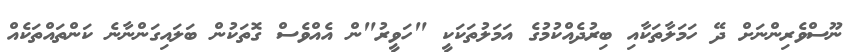
ނޫސްވެރިންނަށް ދޭ ހަމަލާތަކާއި ބިރުދެއްކުމުގެ އަމަލުތަކަކީ "ހަވީރު"ން އެއްވެސް ގޮތަކުން ބަލައިގަންނާނެ ކަންތައްތަކެއް